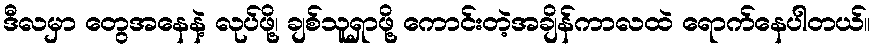
ဒီလမှာ တွေအနေနဲ့ လုပ်ဖို့၊ ချစ်သူရှာဖို့ ကောင်းတဲ့အချိန်ကာလထဲ ရောက်နေပါတယ်။